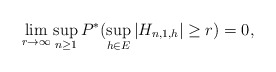
\begin{align*}\lim_{r \rightarrow \infty} \sup_{n \ge 1}P^{*}( \sup_{h \in E}|H_{n,1,h}| \ge r) =0, \end{align*}